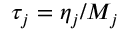
\tau _ { j } = \eta _ { j } / M _ { j }